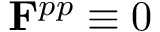
\mathbf { F } ^ { p p } \equiv 0